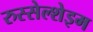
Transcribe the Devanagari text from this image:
रुस्सेल्शेइम